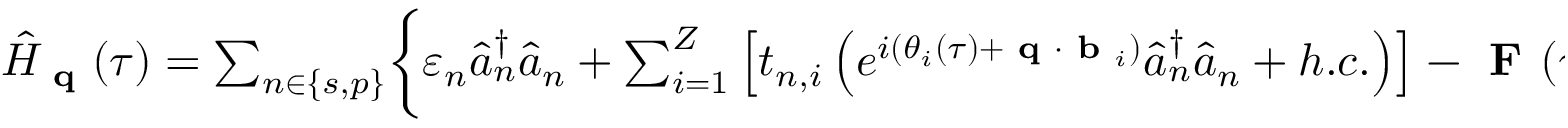
\begin{array} { r } { \hat { H } _ { \textbf { q } } ( \tau ) = \sum _ { n \in \{ s , p \} } \biggl \{ \varepsilon _ { n } \hat { a } _ { n } ^ { \dagger } \hat { a } _ { n } + \sum _ { i = 1 } ^ { Z } \left[ t _ { n , i } \left( e ^ { i ( \theta _ { i } ( \tau ) + \textbf { q } \cdot \textbf { b } _ { i } ) } \hat { a } _ { n } ^ { \dagger } \hat { a } _ { n } + h . c . \right) \right] - \textbf { F } ( \tau ) \cdot \hat { r } \sum _ { m \in \{ s , p \} \neq n } \eta _ { n m } \hat { a } _ { n } ^ { \dagger } \hat { a } _ { m } \biggl \} , } \end{array}